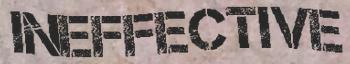
INEFFECTIVE